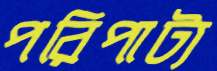
পরিপাট্য